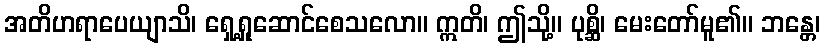
အတိဟရာပေယျာသိ၊ ရှေ့ရှုဆောင်စေသလော။ ဣတိ၊ ဤသို့။ ပုစ္ဆိ၊ မေးတော်မူ၏။ ဘန္တေ၊